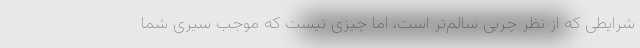
شرایطی که از نظر چربی سالم‌تر است، اما چیزی نیست که موجب سیری شما